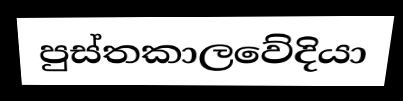
පුස්තකාලවේදියා